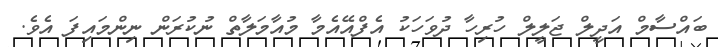
ބައްސާމް އަދީލް ޖަލީލް ހުރިހާ ދުވަހަކު އެފްއޭއެމާ މުއާމަލާތް ނުކުރަން ނިންމައިފަ އެވެ.